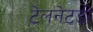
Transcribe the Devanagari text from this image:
टेलनेटडी